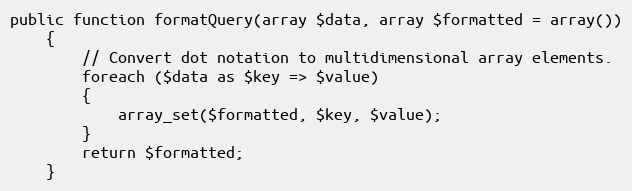
Language: PHP
public function formatQuery(array $data, array $formatted = array())
	{
		// Convert dot notation to multidimensional array elements.
		foreach ($data as $key => $value)
		{
			array_set($formatted, $key, $value);
		}
		return $formatted;
	}